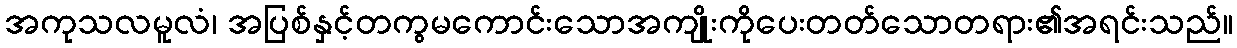
အကုသလမူလံ၊ အပြစ်နှင့်တကွမကောင်းသောအကျိုးကိုပေးတတ်သောတရား၏အရင်းသည်။